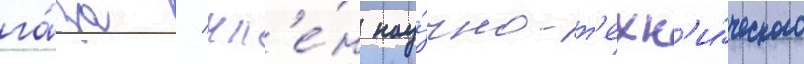
га́за / чл'е́н нау́чно-т'ехн'и́ческого